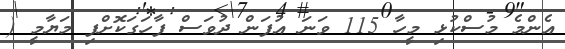
އެންމެ މުސްކުޅި މީހާ 115 ވަނަ އުފަން ދުވަސް ފާހަގަކޮށްފި މަޔާމީ (